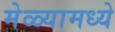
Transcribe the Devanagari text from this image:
मेळ्यामध्ये